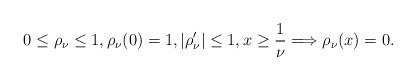
LaTeX: \begin{align*}0\le \rho_{\nu} \le 1, \rho_{\nu}(0)=1, \vert \rho'_{\nu}\vert \le 1, x\ge \frac{1}{\nu} \Longrightarrow \rho_{\nu}(x)=0.\end{align*}